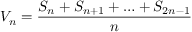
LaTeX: V _ { n } = { \frac { S _ { n } + S _ { n + 1 } + \ldots + S _ { 2 n - 1 } } { n } }